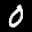
Label: 0